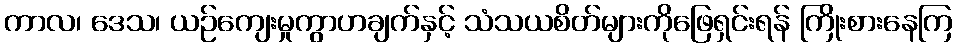
ကာလ၊ ဒေသ၊ ယဉ်ကျေးမှုကွာဟချက်နှင့် သံသယစိတ်များကိုဖြေရှင်းရန် ကြိုးစားနေကြ